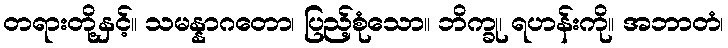
တရားတို့နှင့်။ သမန္နာဂတော၊ ပြည့်စုံသော။ ဘိက္ခု၊ ရဟန်းကို။ အဘာတံ၊